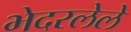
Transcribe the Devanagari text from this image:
भेदरलेले